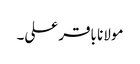
مولانا باقر علی۔